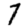
Digit: 7